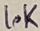
Text: 10K